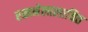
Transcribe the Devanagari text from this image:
रखनेलालायित